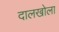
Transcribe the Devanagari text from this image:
दालखोला